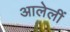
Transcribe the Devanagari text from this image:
आलेलीं